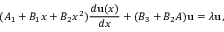
( A _ { 1 } + B _ { 1 } x + B _ { 2 } x ^ { 2 } ) { \frac { d { \bf u } ( x ) } { d x } } + ( B _ { 3 } + B _ { 2 } A ) { \bf u } = \lambda { \bf u } ,